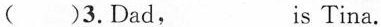
( )3. Dad,___is Tina.